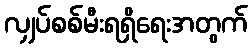
လျှပ်စစ်မီးရရှိရေးအတွက်